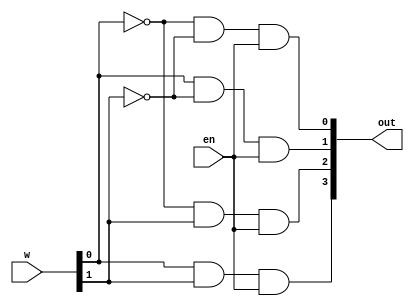
`timescale 1ns / 1ps
//////////////////////////////////////////////////////////////////////////////////
// Company: 
// Engineer: 
// 
// Design Name: 
// Module Name: decoder4_16
// Project Name: 
// Target Devices: 
// Tool Versions: 
// Description: 4 to 16 decoder
// 
// Dependencies: 
// 
// Revision:
// Revision 0.01 - File Created
// Additional Comments:
// 
//////////////////////////////////////////////////////////////////////////////////

module decoder2_4(w, en, out);
input [1:0] w;
input en;
output [3:0] out;

and a0(out[0],~w[0],~w[1],en);
and a1(out[1], w[0],~w[1],en);
and a2(out[2],~w[0], w[1],en);
and a3(out[3], w[0], w[1],en);


endmodule

module decoder4_16(w, en, out);
input [3:0] w;
input en;
output [15:0] out;

wire [3:0] enOut;

//initial encoder
decoder2_4 d1(w[3:2], en, enOut);
//rest of encoders necessary for 16-1
decoder2_4 d2(w[1:0], enOut[0], out[3:0]);
decoder2_4 d3(w[1:0], enOut[1], out[7:4]);
decoder2_4 d4(w[1:0], enOut[2], out[11:8]);
decoder2_4 d5(w[1:0], enOut[3], out[15:12]);

endmodule